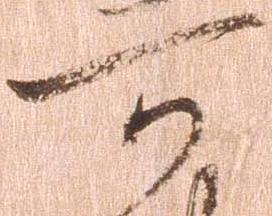
可